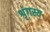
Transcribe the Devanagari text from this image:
शृंगस्य